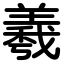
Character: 羲